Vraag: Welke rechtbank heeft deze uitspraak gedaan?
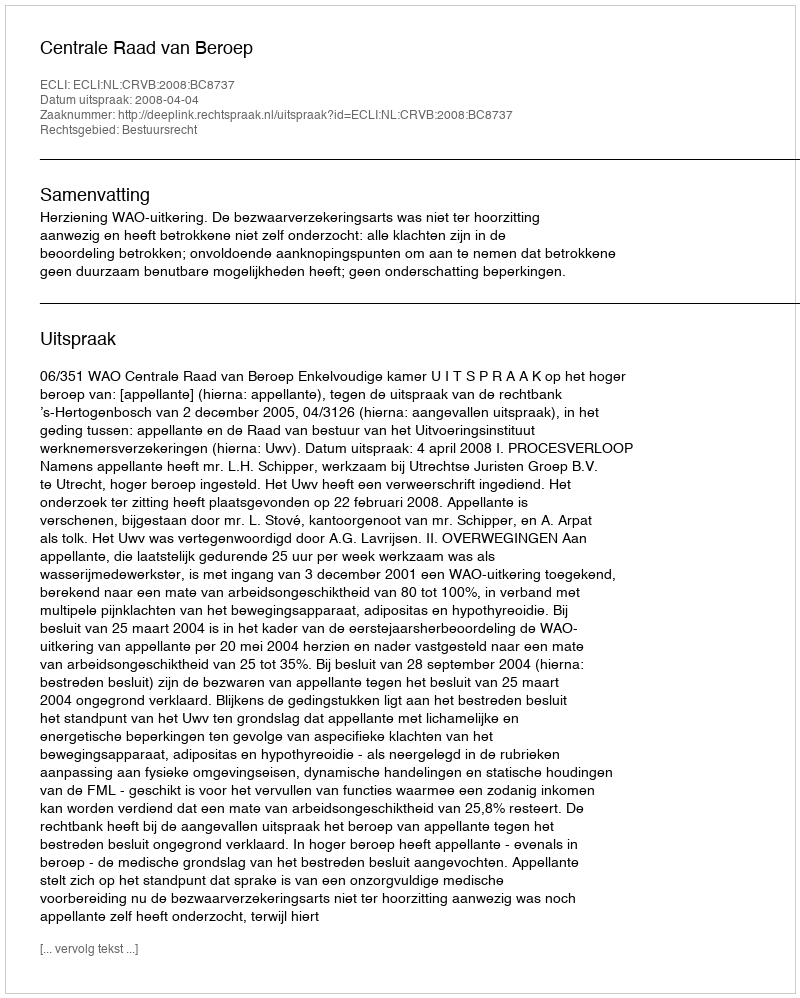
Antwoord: Centrale Raad van Beroep